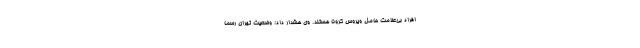
افراد بی‌علامت حامل ویروس کرونا هستند. وی هشدار داد: وضعیت تهران رسما